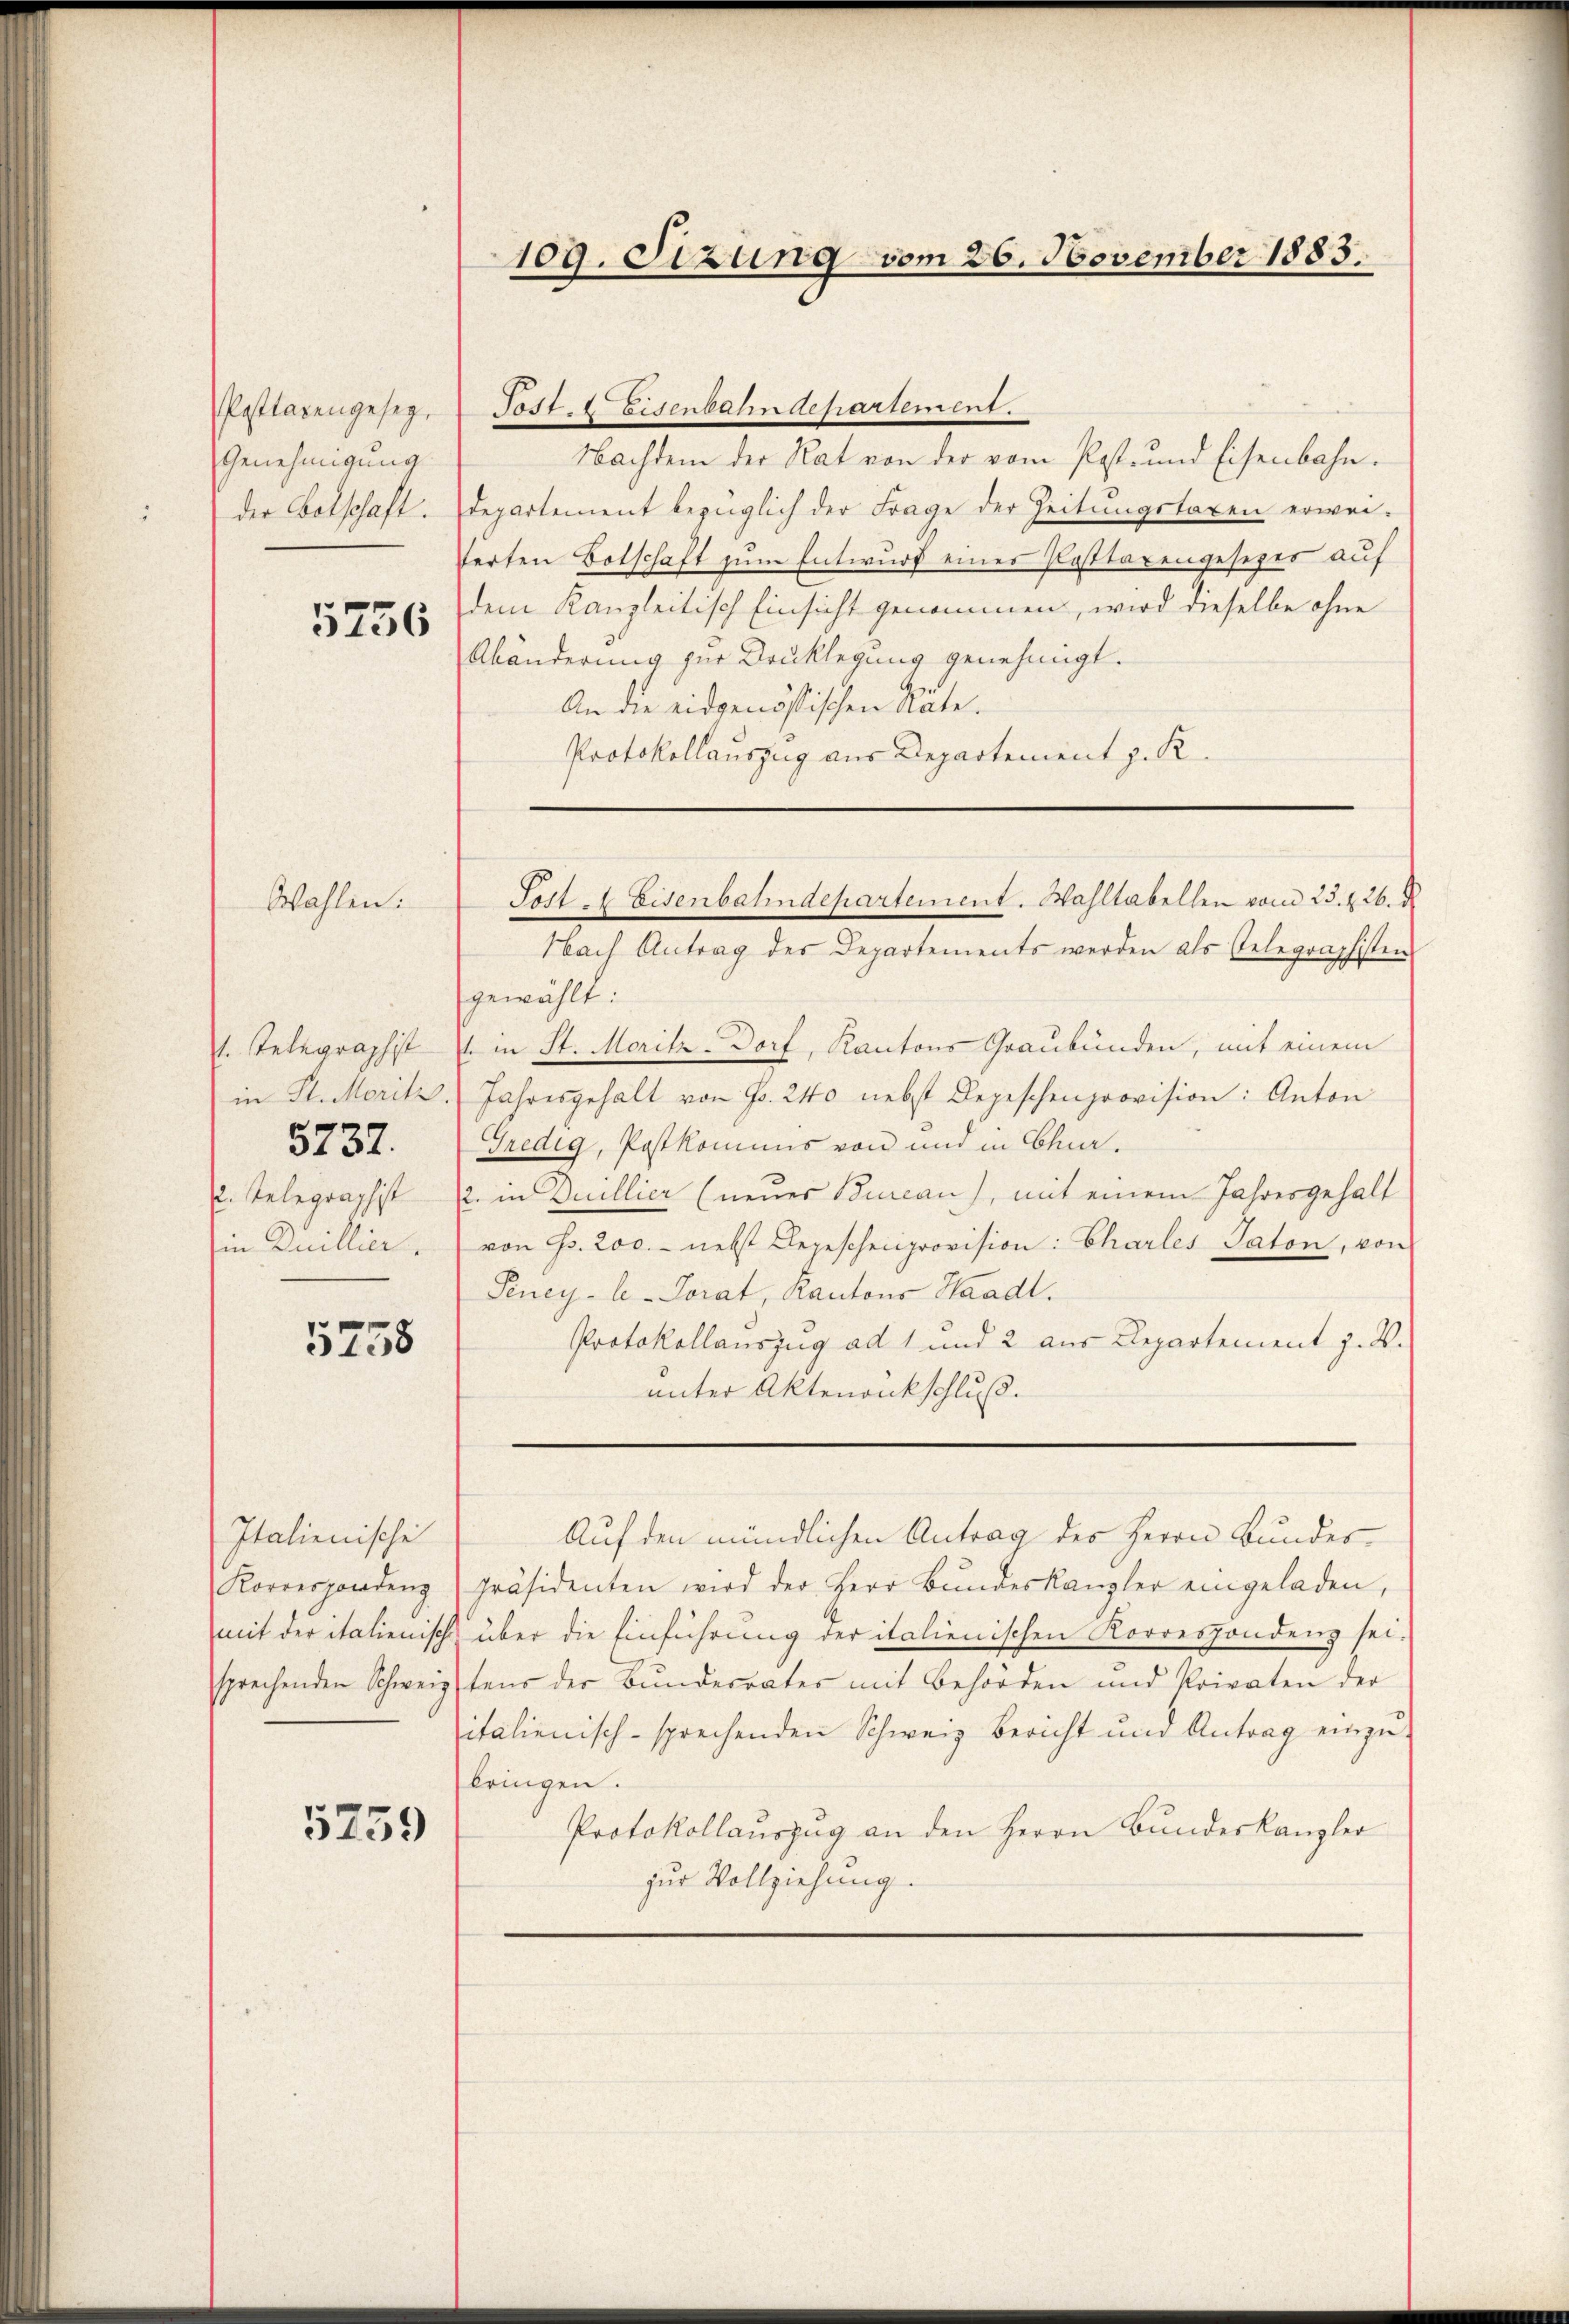
Pasttarengeseg
Genehmigung.
der Botschaft.
5756

Wahlen:

1. Telegraphist
in St. Moritz.
u. Telegraphist
in Quillier.

5737.

5758

Italienische
Korrespondenz
mit der italienisch
sprechenden Schwei¬

5259

109. Sizung vom 26. November 1883.

Nachdem der Rat von der vom Post- und Eisenbahn.
departement bezüglich der Frage der Zeitŭngstaxen erwei-
terten Botschaft zum Entwurf eines Posttarengesetzes auf
dem Kanzleitisch Einsicht genommen, wird dieselbe ohne
Abänderung zur Drucklegung genehmigt.
An die eidgenössischen Räte.
Protokollauszug aus Departement z. R.

Tost. Eisenbahndepartement.

Post 4 Eisenbahndepartement. Wahltabellen vom 23. d. 26. d

Nach Antrag des Departements werden als Gelegraphisten
gewählt:
l. in St. Moritz-Dorf, Kantons Graubünden, mit einem
Jahresgehalt von Fr. 240 nebst Depeschenprovision: Anton
Gredig, Postkommis von und in Chur-
2. in Duillier (neues Bureau), mit einem Jahresgehalt
von s. 200.- nebst Depeschenprovision: Charles Paton, von
Peney-le-Torat, Kantons Waadt.
Protokollauszug ad 1 und 2 aus Departement J. V.
unter Aktenankschluß.
Auf den mündlichen Antrag des Herrn Bundes
präsidenten wird der Herr Bundeskanzler eingeladen,
über die Einführung der italienischen Korrespondenz sei.
tens der Bundesrates mit Behörden und Privaten der
sitalienisch-sprechenden Schweiz Bericht und Antrag einzubringen.
Protokollauszug an den Herrn Bundeskanzler
zur Vollziehung.